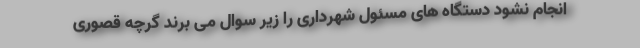
انجام نشود دستگاه های مسئول شهرداری را زیر سوال می برند گرچه قصوری